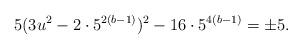
LaTeX: \begin{align*}5(3u^2 - 2\cdot 5^{2(b-1)})^2 - 16\cdot 5^{4(b-1)}=\pm 5.\end{align*}